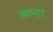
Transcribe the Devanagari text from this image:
साप्टा